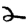
Digit: 2